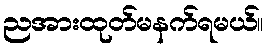
ညအားထုတ်မနက်ရမယ်။